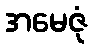
အမေဇုံ